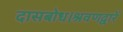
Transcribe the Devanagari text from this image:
दासबोध।श्रवणद्वारें